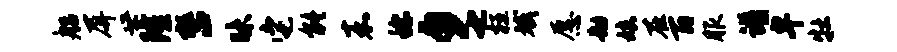
船屏世隆整昧它能嘉称夕七枉斌愿劫娘在百服谱卑牡